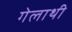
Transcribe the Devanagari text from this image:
गेलाथी